Annual administration and progress report of the Indian Medical Department, Bombay
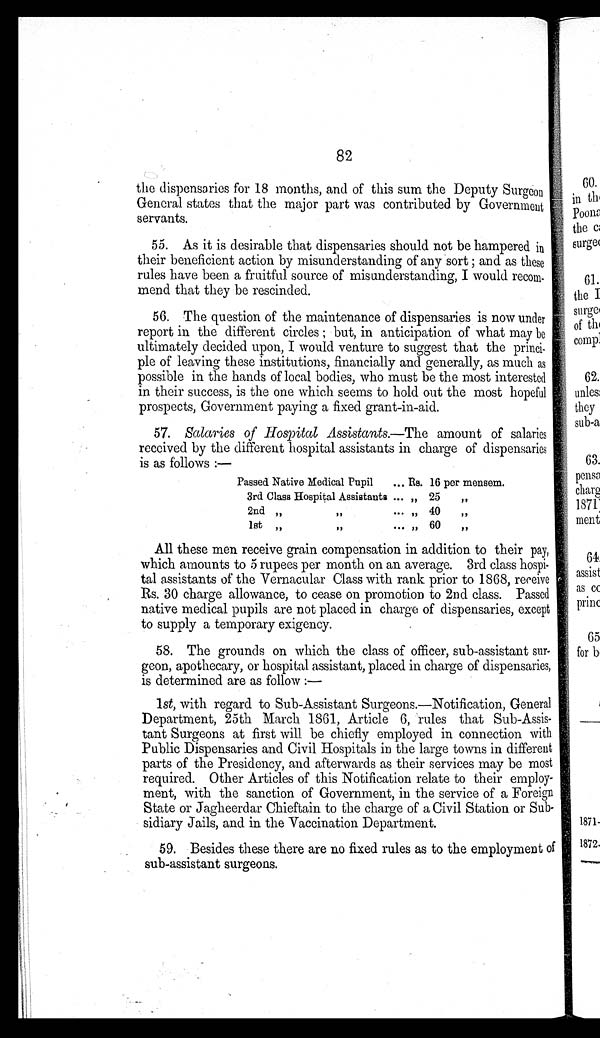
82
the dispensaries for 18 months, and of this sum the Deputy Surgeon
General states that the major part was contributed by Government
servants.
55. As it is desirable that dispensaries should not be hampered in
their beneficient action by misunderstanding of any sort ; and as these
rules have been a fruitful source of misunderstanding, I would recom--
mend that they be rescinded.
56. The question of the maintenance of dispensaries is now under
report in the different circles ; but, in anticipation of what may be
ultimately decided upon, I would venture to suggest that the princi--
ple of leaving these institutions, financially and generally, as much as
possible in the hands of local bodies, who must be the most interested
in their success, is the one which seems to hold out the most hopeful
prospects, Government paying a fixed grant-in-aid.
57.
Salaries of Hospital Assistants.— The amount of salaries
received by the different hospital assistants in charge of dispensaries
is as follows :—
Passed Native Medical Pupil . . . Rs. 16 per mensem.
3rd Class Hospital Assistants. . . „ 25
„
2nd
"
"
. . . „ 40
„
1st
„
” . . . „ 60
„
All these men receive grain compensation in addition to their pay,
which amounts to 5 rupees per month on an average. 3rd class hospi--
tal assistants of the Vernacular Class with rank prior to 1868, receive
Rs. 30 charge allowance, to cease on promotion to 2nd class. Passed
native medical pupils are not placed in charge of dispensaries, except
to supply a temporary exigency.
58. The grounds on which the class of officer, sub-assistant sur--
geon, apothecary, or hospital assistant, placed in charge of dispensaries,
is determined are as follow :
—
1 st, with regard to Sub-Assistant Surgeons.—Notification, General
Department, 25th March 1861, Article 6, rules that Sub-Assis--
tant Surgeons at first will be chiefly employed in connection with
Public Dispensaries and Civil Hospitals in the large towns in different
parts of the Presidency, and afterwards as their services may be most
required. Other Articles of this Notification relate to their employ--
ment, with the sanction of Government, in the service of a Foreign
State or Jagheerdar Chieftain to the charge of a Civil Station or Sub--
sidiary Jails, and in the Vaccination Department.
59. Besides these there are no fixed rules as to the employment of
sub-assistant surgeons.